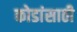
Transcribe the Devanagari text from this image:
कोडांसाठी